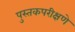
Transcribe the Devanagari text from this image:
पुस्तकपरीक्षणे